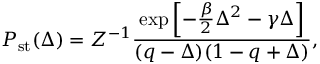
P _ { \mathrm { s t } } ( \Delta ) = Z ^ { - 1 } \frac { \mathrm { e x p } \left[ - \frac { \beta } { 2 } \Delta ^ { 2 } - \gamma \Delta \right] } { ( q - \Delta ) ( 1 - q + \Delta ) } ,